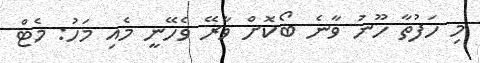
މި ހަފުތާ ހޫނު ވާނެ ބޯކޮށް ވާރޭ ވެހޭނީ މެއި މަހު: މެޓް